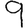
Digit: 9